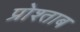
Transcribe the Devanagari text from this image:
प्रोश्ताब